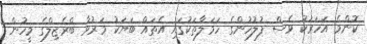
ކޮންމެ އަހަރަކު ވެސް ފުލުހުންގެ ހަމަލާތަކުގައި އެތައް ބަޔަކު މަރުވާ ބްރެޒިލްގެ މީހުން